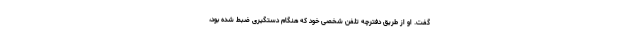
گفت. او از طریق دفترچه تلفن شخصی خود که هنگام دستگیری ضبط شده بود،